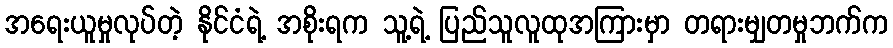
အရေးယူမှုလုပ်တဲ့ နိုင်ငံရဲ့ အစိုးရက သူ့ရဲ့ ပြည်သူလူထုအကြားမှာ တရားမျှတမှုဘက်က